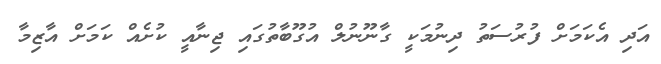
އަދި އެކަމަށް ފުރުސަތު ދިނުމަކީ ގާނޫނުލް އުގޫބާތުގައި ޖިނާއީ ކުށެއް ކަމަށް އާޒިމާ